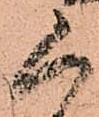
く